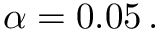
\alpha = 0 . 0 5 \, .